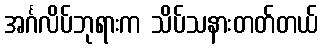
အင်္ဂလိပ်ဘုရားက သိပ်သနားတတ်တယ်